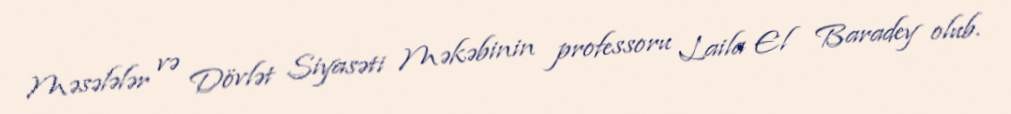
Məsələlər və Dövlət Siyasəti Məkəbinin professoru Laila El Baradey olub.